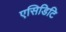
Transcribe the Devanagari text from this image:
एसिडिटि